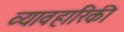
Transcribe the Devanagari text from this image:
व्यावहारिकी